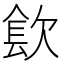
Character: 𰙓